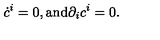
\dot { c } ^ { i } = 0 , \mathrm { a n d } \partial _ { i } c ^ { i } = 0 .